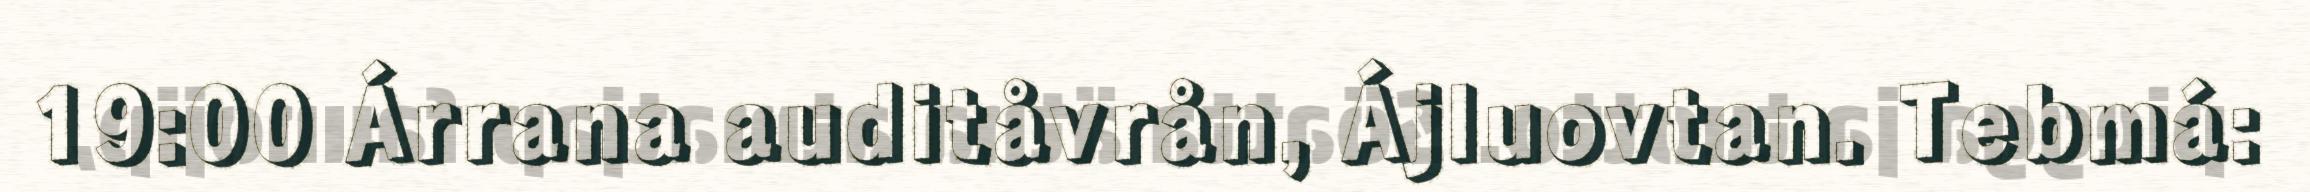
19:00 Árrana auditåvrån, Ájluovtan. Tebmá: